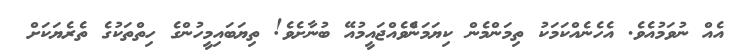
އެއް ނުވަމުއެވެ. އެހެނެއްކަމަކު ތިމަންމެން ކިޔަމަންެވެއްޖައީމުއޭ ބުނާށެވެ! ތިޔަބައިމީހުންގެ ހިތްތަކުގެ ތެރެޔަކަށް